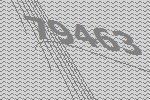
79463